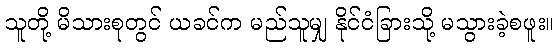
သူတို့ မိသားစုတွင် ယခင်က မည်သူမျှ နိုင်ငံခြားသို့ မသွားခဲ့စဖူး။